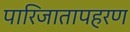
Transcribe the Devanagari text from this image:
पारिजातापहरण